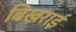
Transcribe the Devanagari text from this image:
बिखराई